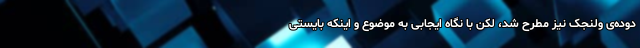
دوده‌ی ولنجک نیز مطرح شد، لکن با نگاه ایجابی به موضوع و اینکه بایستی